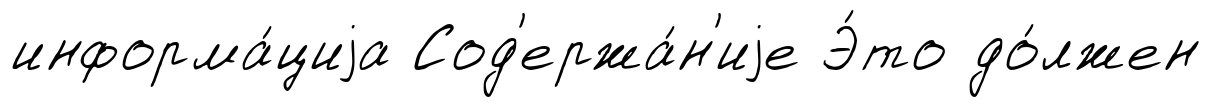
информа́циjа Сод'ержа́н'иjе Э́то до́лжен